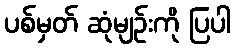
ပစ်မှတ် ဆုံမျဉ်းကို ပြပါ